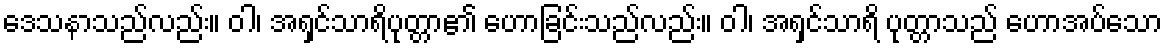
ဒေသနာသည်လည်း။ ဝါ၊ အရှင်သာရိပုတ္တာ၏ ဟောခြင်းသည်လည်း။ ဝါ၊ အရှင်သာရိ ပုတ္တာသည် ဟောအပ်သော